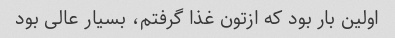
اولین بار بود که ازتون غذا گرفتم، بسیار عالی بود